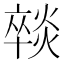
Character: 𭶈